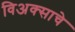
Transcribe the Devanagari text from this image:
विअक्साचे